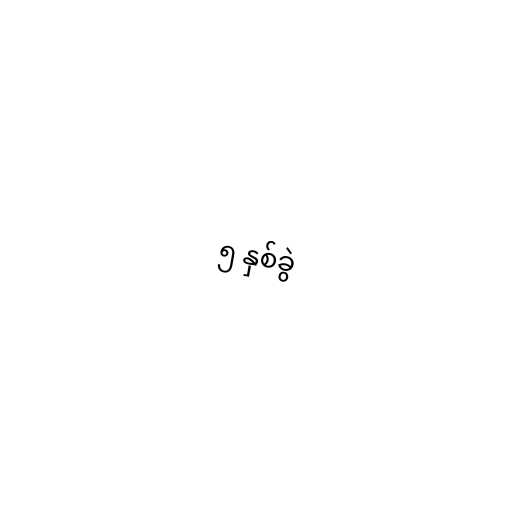
၅ နှစ်ခွဲ